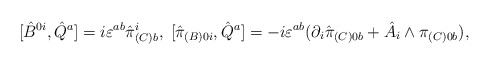
\begin{align*}[\hat {B}^{0i},\hat {Q}^a]=i\varepsilon^{ab}\hat{\pi}^i_{(C)b},\; [\hat {\pi}_{(B)0i},\hat {Q}^a]=-i\varepsilon^{ab}(\partial_i \hat\pi_{(C)0b}+\hat {A}_i\wedge\pi_{(C)0b}),\end{align*}